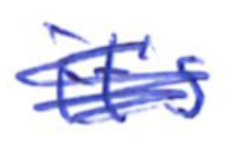
Text: it's
Cross-out: scratch
Writing tool: ballpoint